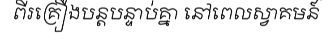
ពីរគ្រឿងបន្តបន្ទាប់គ្នា នៅពេលស្វាគមន៍